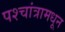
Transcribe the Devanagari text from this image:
पश्चांत्रामधून